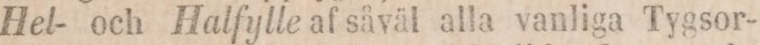
Hel- och Halfylle af såväl alla vanliga Tygsor-